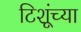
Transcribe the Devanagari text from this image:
टिशूंच्या